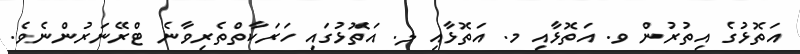
އަތޮޅުގެ އިތުރުން ވ. އަތޮޅާއި މ. އަތޮޅާއި ލ. އަތޮޅުގައި ހަރަކާތްތެރިވާނެ ޓްރޭނަރުންނެވެ.